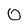
Character: 0